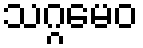
သဂ္ဂမေဝ